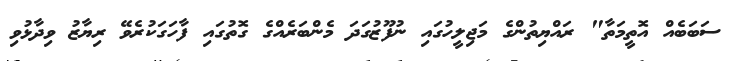
ސަބަބެއް އޮތީމަތާ" ރައްޔިތުންގެ މަޖިލީހުގައި ނުފޫޒުގަދަ މެންބަރެއްގެ ގޮތުގައި ފާހަގަކުރެވޭ ރިޔާޒު ވިދާޅުވި